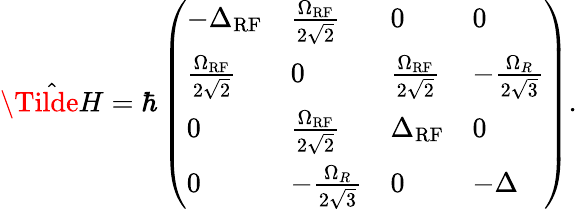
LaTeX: \begin{array}{r}{\hat{\Tilde{H}}=\hbar\left(\begin{array}{llll}{-\Delta_{\mathrm{RF}}}&{\frac{\Omega_{\mathrm{RF}}}{2\sqrt{2}}}&{0}&{0}\\ {\frac{\Omega_{\mathrm{RF}}}{2\sqrt{2}}}&{0}&{\frac{\Omega_{\mathrm{RF}}}{2\sqrt{2}}}&{-\frac{\Omega_{R}}{2\sqrt{3}}}\\ {0}&{\frac{\Omega_{\mathrm{RF}}}{2\sqrt{2}}}&{\Delta_{\mathrm{RF}}}&{0}\\ {0}&{-\frac{\Omega_{R}}{2\sqrt{3}}}&{0}&{-\Delta}\end{array}\right).}\end{array}